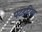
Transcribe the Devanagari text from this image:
पटहटिया